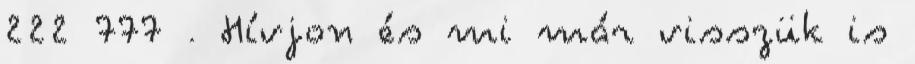
222 777 . Hívjon és mi már visszük is